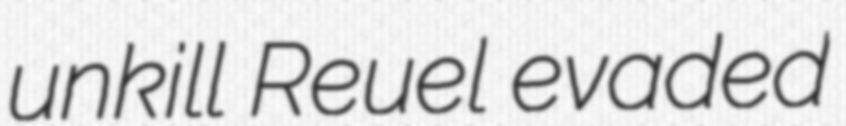
unkill Reuel evaded